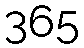
365